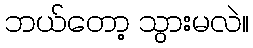
ဘယ်တော့ သွားမလဲ။